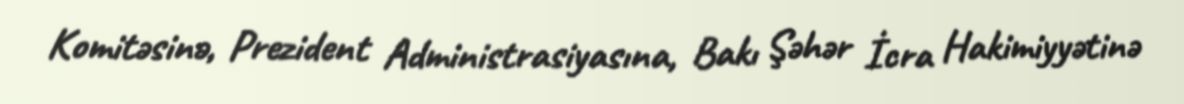
Komitəsinə, Prezident Administrasiyasına, Bakı Şəhər İcra Hakimiyyətinə